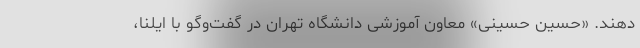
دهند. «حسین حسینی» معاون آموزشی دانشگاه تهران در گفت‌وگو با ایلنا،